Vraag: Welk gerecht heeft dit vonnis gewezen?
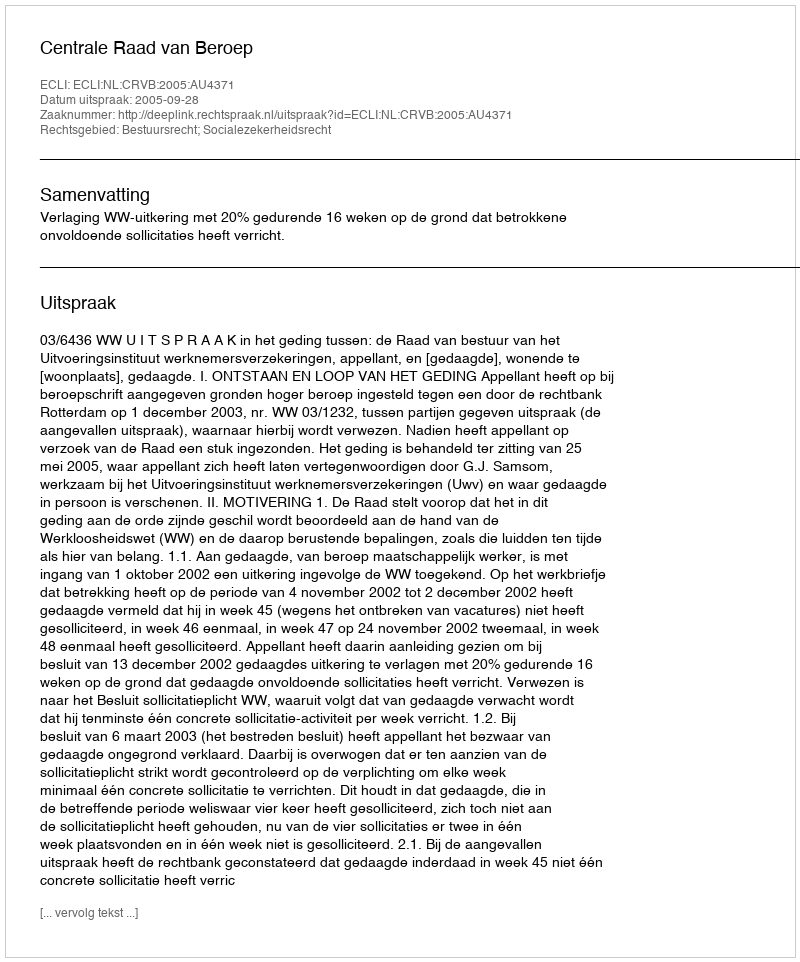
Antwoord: Centrale Raad van Beroep